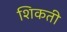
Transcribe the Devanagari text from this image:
शिकती